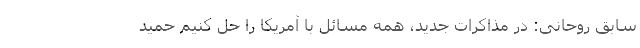
سابق روحانی: در مذاکرات جدید، همه مسائل با آمریکا را حل کنیم حمید